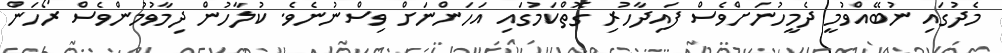
މެދުގައި ނުބޭއްވުމީ ދެމީހުނަށްވެސް ފައިދާހުރި ގޮތްކަމުގައި އަހަންނަށް ވިސްނުނެވެ. ކުލާހުން ދިމާވުމުންވެސް ރޯހަން